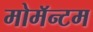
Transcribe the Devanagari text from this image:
मोमॅन्टम